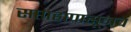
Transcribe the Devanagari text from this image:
सप्ताहापासूनच